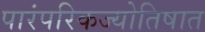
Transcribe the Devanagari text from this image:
पारंपरिकज्योतिषात